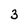
Character: 3